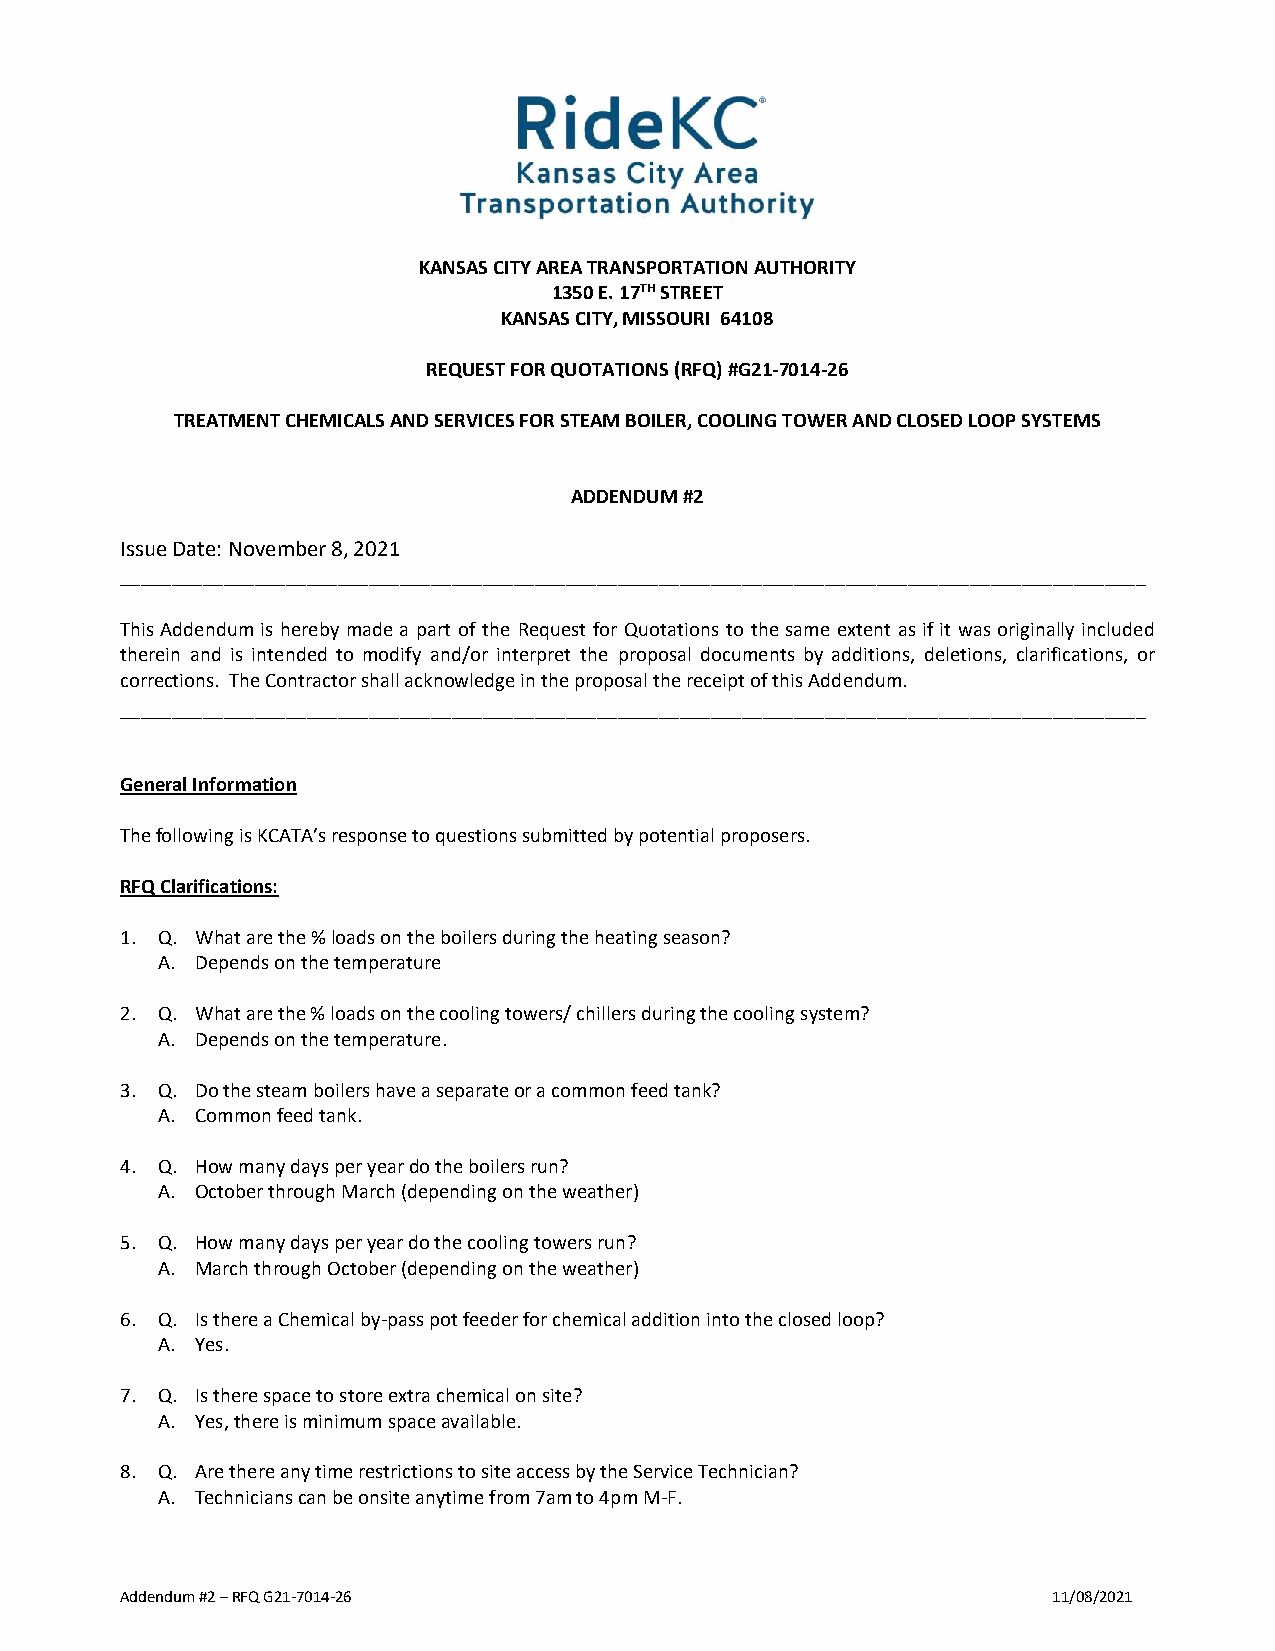
KANSAS CITY AREA TRANSPORTATION AUTHORITY
 1350 E. 17TH STREET
 KANSAS CITY, MISSOURI 64108
 REQUEST FOR QUOTATIONS (RFQ) #G21-7014-26
 TREATMENT CHEMICALS AND SERVICES FOR STEAM BOILER, COOLING TOWER AND CLOSED LOOP SYSTEMS
 ADDENDUM #2
 Issue Date: November 8, 2021
 ___________________________________________________________________________________________________
 This Addendum is hereby made a part of the Request for Quotations to the same extent as if it was originally included
 therein and is intended to modify and/or interpret the proposal documents by additions, deletions, clarifications, or
 corrections. The Contractor shall acknowledge in the proposal the receipt of this Addendum.
 ___________________________________________________________________________________________________
 General Information
 The following is KCATA’s response to questions submitted by potential proposers.
 RFQ Clarifications:
 1. Q. What are the % loads on the boilers during the heating season?
 A. Depends on the temperature
 2. Q. What are the % loads on the cooling towers/ chillers during the cooling system?
 A. Depends on the temperature.
 3. Q. Do the steam boilers have a separate or a common feed tank?
 A. Common feed tank.
 4. Q. How many days per year do the boilers run?
 A. October through March (depending on the weather)
 5. Q. How many days per year do the cooling towers run?
 A. March through October (depending on the weather)
 6. Q. Is there a Chemical by-pass pot feeder for chemical addition into the closed loop?
 A. Yes.
 7. Q. Is there space to store extra chemical on site?
 A. Yes, there is minimum space available.
 8. Q. Are there any time restrictions to site access by the Service Technician?
 A. Technicians can be onsite anytime from 7am to 4pm M-F.
 Addendum #2 – RFQ G21-7014-26                                 11/08/2021